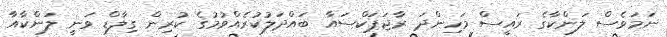
ނަމަވެސް ލަންކާގެ ރައީސް މަހިންދަ ރާޖަޕަކްސައާ ބައްދަލުކުރެއްވުމުގެ ކުރިން ގިލާޑް ވަނީ ލަންކާއާ